Annual administration report of the Civil Veterinary Department of India - 1892-1893
Year: 1892
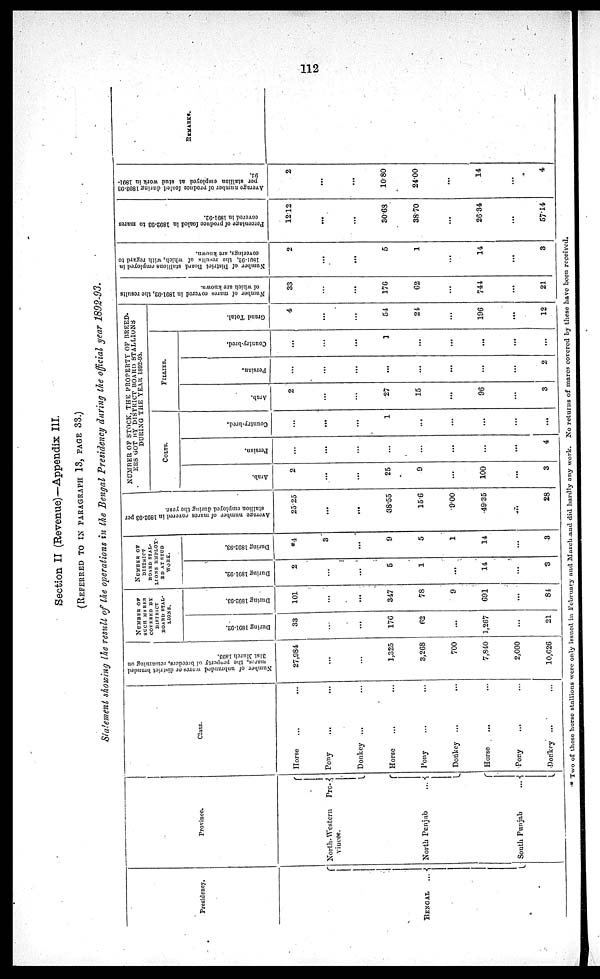
112
Section II (Revenue)—Appendix III.
(REFERRED TO IN PARAGRAPH 13, PAGE 33.)
Statement showing the result of the operations in the Bengal Presidency during the official year 1892-93.
Presidency.
BENGAL ...
Province.
North- Western Pro¬
vince.
North Panjab
...
South Punjab
...
Class.
Horse ... ...
Pony ... ...
Donkey ... ...
Horse ... ...
Pony ... ...
Donkey ...
...
Horse ... ...
Pony ... ...
Donkey ... ...
Number
of unbranded mares or district branded
mares,
the property of breeders, remaining on
31st
March
1893.
27,984
...
...
1,325
3,268
700
7,840
2,000
10,626
NUMBER OF
SUCH MARES
COVERED BY
DISTRICT
BOARD STAL¬
LIONS.
During 1891-92.
33
...
...
176
62
...
1,267
...
21
During 1892-93.
101
...
...
347
78
9
691
...
84
NUMBER
OF
DISTRICT
BOARD STAL-
-----
EMPLOY-
-- AT STUD
WORK.
During 1891-92.
2
...
...
5
1
...
14
...
3
During 1892-93.
*4
3
...
9
5
1
14
...
3
Average
number of mares
covered in 1892-93 per
stallion employed, during the year.
25.25
...
...
38.55
15.6
9.00
49.35
...
28
NUMBER OF STOCK, THE PROPERTY OF BREED¬
ERS GOT BY DISTRICT BOARD STALLIONS
DURING THE YEAR 1892-93.
COLTS.
Arab.
2
...
...
25
9
...
100
...
3
Persian.
...
...
...
...
...
...
...
...
4
Country-bred.
...
...
...
1
...
...
...
...
...
FILLIES.
Arab.
2
...
...
27
15
...
96
...
3
Persian.
...
...
...
...
...
...
...
...
2
Country-bred.
...
...
...
1
...
...
...
...
...
Gr a nd Tot al .
4
...
...
54
24
...
196
...
12
Number of mares
covered in 1891-92,
the results
of which are known.
33
...
...
176
62
...
741
...
21
Number of District Board stallions employed in
1891-92.
the results of which, with regard to
coverings, are known.
2
...
...
5
1
...
14
...
3
Percentage of produce foaled in 1892-93
to mares
covered in 1891-92.
12.12
...
...
30.68
38.70
...
26.34
...
57.14
Average number of produce foaled during 1892-93
per stallion employed at stud work in 1891-
92.
2
...
...
10.80
24.00
...
14
...
4
REMARKS.
* Two of these horse stallions were only issued in February and March and did hardly any work. No returns of mares covered by these have been received.